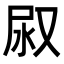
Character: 𭰇